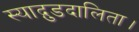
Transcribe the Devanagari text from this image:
स्याद्गुडदालिता।